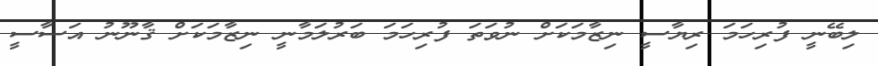
ލިބޭނީ ފުރިހަމަ ރިޔާސީ ނިޒާމަކަށް ނުވަތަ ފުރިހަމަ ބަރުލަމާނީ ނިޒާމަކަށް ޤާނޫނު އަސާސީ